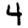
Digit: 4